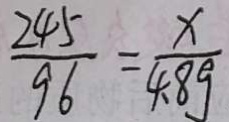
\frac { 2 4 5 } { 9 6 } = \frac { x } { 4 . 8 9 }